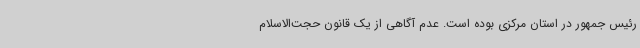
رئیس جمهور در استان مرکزی بوده است. عدم آگاهی از یک قانون حجت‌الاسلام